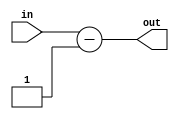
module down_counter(in, out);
	parameter dw = 8;
	
	input [dw-1:0] in;
	output [dw-1:0] out;
	
	assign out = in - 1;
endmodule